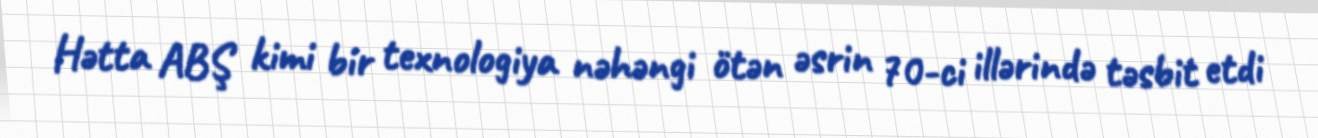
Hətta ABŞ kimi bir texnologiya nəhəngi ötən əsrin 70-ci illərində təsbit etdi